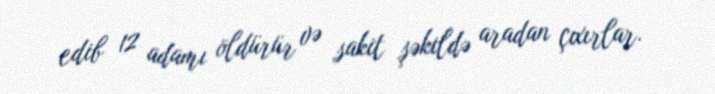
edib 12 adamı öldürür və sakit şəkildə aradan çıxırlar.